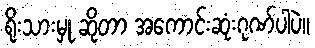
ရိုးသားမှု ဆိုတာ အကောင်းဆုံးဂုဏ်ပါပဲ။